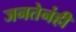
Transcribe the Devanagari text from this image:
जनतेनंही